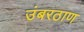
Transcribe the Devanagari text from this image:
उंबरठाण